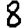
Digit: 8